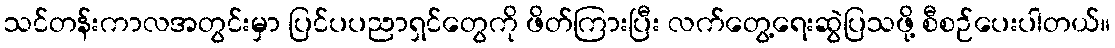
သင်တန်းကာလအတွင်းမှာ ပြင်ပပညာရှင်တွေကို ဖိတ်ကြားပြီး လက်တွေ့ရေးဆွဲပြသဖို့ စီစဉ်ပေးပါတယ်။